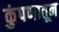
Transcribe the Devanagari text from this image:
कुंपणातून